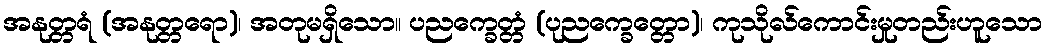
အနုတ္တရံ (အနုတ္တရော)၊ အတုမရှိသော။ ပညက္ခေတ္တံ (ပုညက္ခေတ္တော)၊ ကုသိုလ်ကောင်းမှုတည်းဟူသော